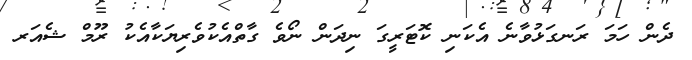
ދެން ހަމަ ރަނގަޅުވާނެ އެކަނި ކޮޓަރީގަ ނިދަން ނޯވެ ގާތްއެކުވެރިޔަކާއެކު ރޫމް ޝެއަރ